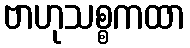
ဗာဟုသစ္စကထာ